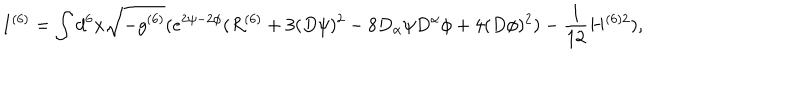
I ^ { ( 6 ) } = \int d ^ { 6 } x \sqrt { - g ^ { ( 6 ) } } ( e ^ { 2 \psi - 2 \phi } ( R ^ { ( 6 ) } + 3 ( D \psi ) ^ { 2 } - 8 D _ { \alpha } \psi D ^ { \alpha } \phi + 4 ( D \phi ) ^ { 2 } ) - \frac { 1 } { 1 2 } H ^ { ( 6 ) 2 } ) ,